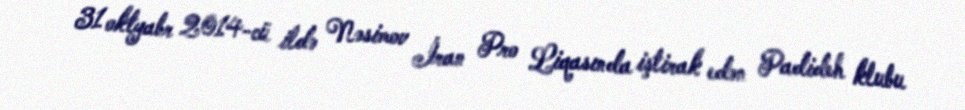
31 oktyabr 2014-cü ildə Nəsimov İran Pro Liqasında iştirak edən Padideh klubu